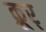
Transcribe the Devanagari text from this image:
क्रूर्